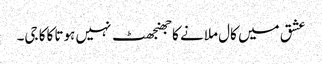
عشق میں کال ملانے کا جھنجھٹ نہیں ہوتا کاکا جی۔